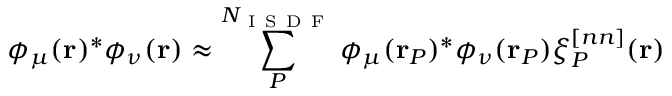
\phi _ { \mu } ( \mathbf { r } ) ^ { * } \phi _ { \nu } ( \mathbf { r } ) \approx \sum _ { P } ^ { N _ { \mathrm { ~ I ~ S ~ D ~ F ~ } } } \phi _ { \mu } ( \mathbf { r } _ { P } ) ^ { * } \phi _ { \nu } ( \mathbf { r } _ { P } ) \xi _ { P } ^ { [ n n ] } ( \mathbf { r } )